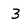
Character: 3